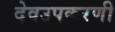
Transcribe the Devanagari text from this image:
देवउपकरणी